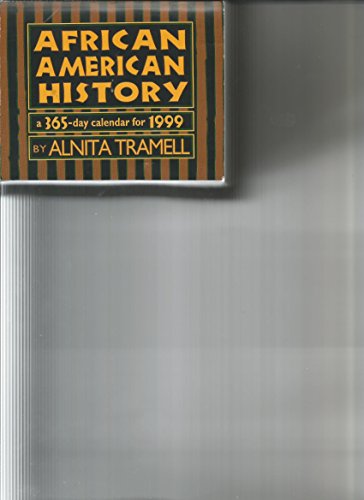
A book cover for Cal 99 African American History Calendar; Alnita Tramell; Calendars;